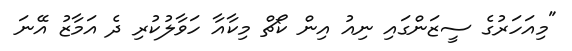
"މިއަހަރުގެ ސީޒަންގައި ނިއު އިން ކޯޗް މިކާއާ ހަވާލުކުރި ދެ އަމާޒު އޭނަ